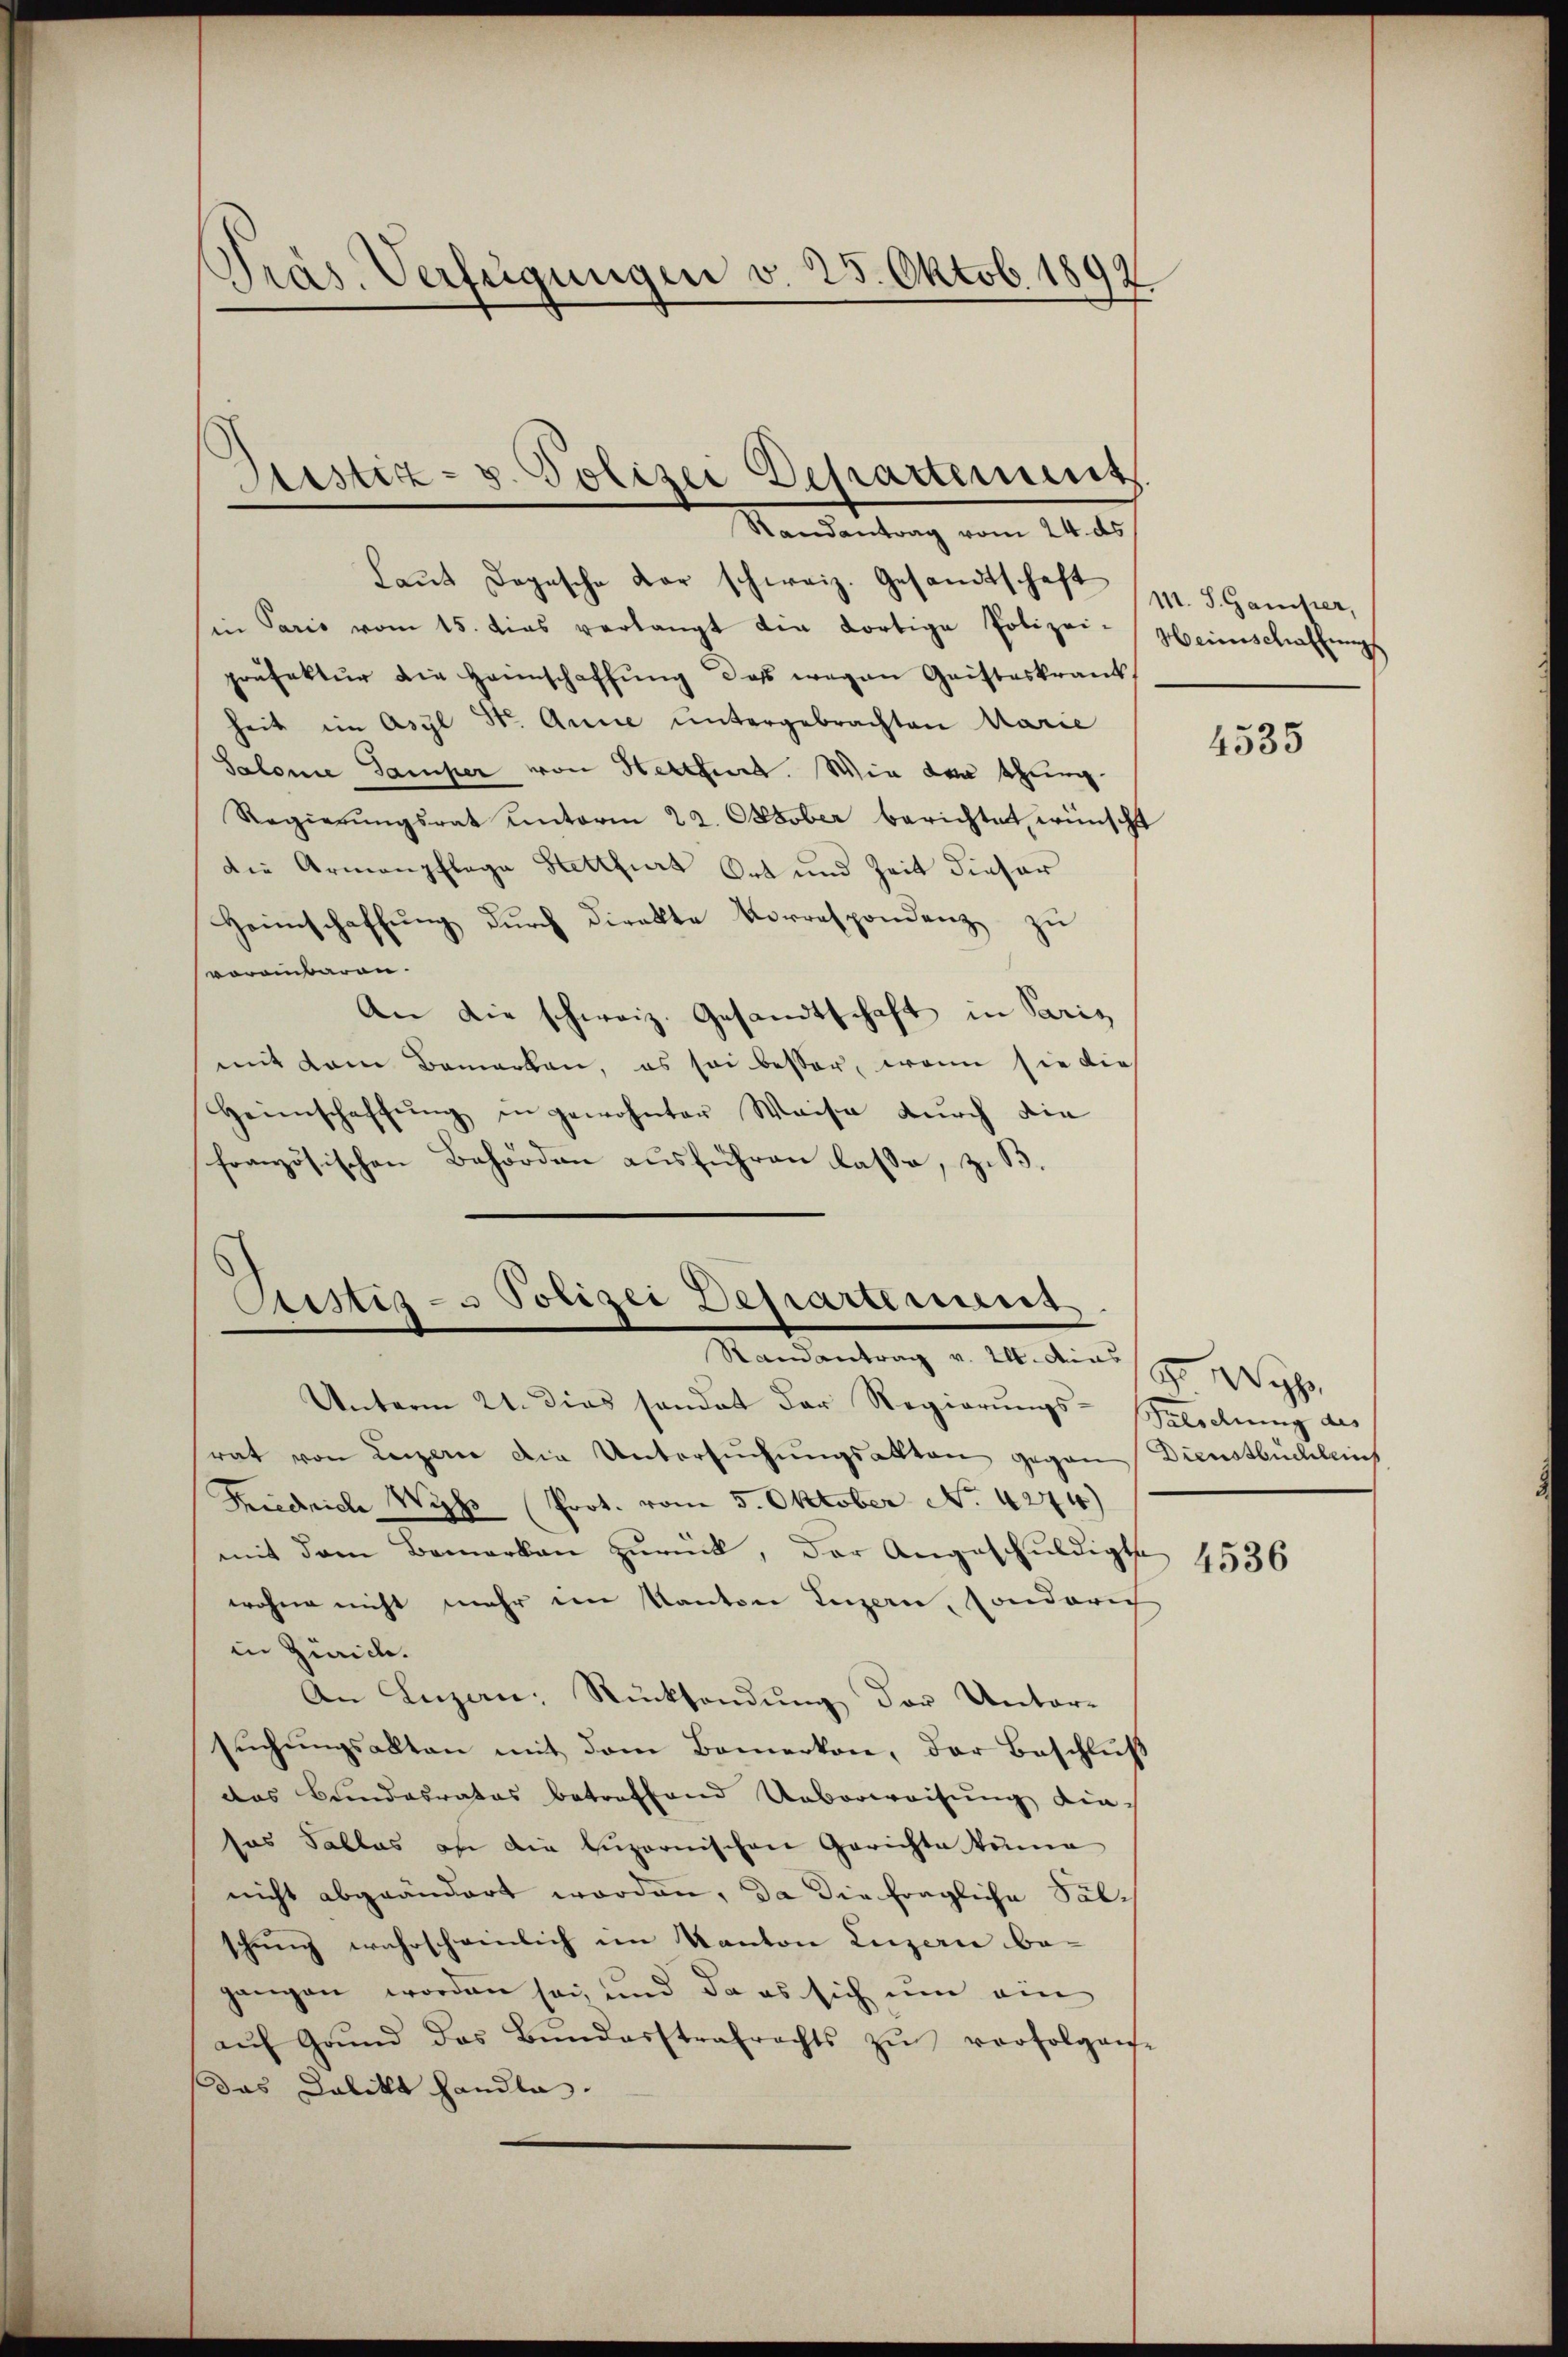
Präs. Verfügungen v. 25. Oktob. 1892.

Destiz- u. Polizei Departement
Randantrag vom 24. ds

Laŭt Dogesche der schweiz. Gesandtschaft (1. S. Gamper,
in Paris vom 15. dies verlangt die dortige Polizei-
präfektur die Heimschaffŭng das wegen Geisteskrank
heit im Asyl Str. Anne untergebrachten Marie
Salonie Samper von Hettler. Wie der scheinig
Regierŭngsrat unterm 22. Oktober berichtet wünscht
Die Armenpflege Hetthias Ort und Zeit dieser
Heimschaffŭng dŭrch direkte Vorrespondenz zŭ
voreinbaren.
An die schweiz. Gesandtschaft in Paris
mit dem Bemerken, es sei besser, wenn sie die
Heimschaffŭng in gewohnter Weise durch die
französischen Behörden ausführen lasse, z. B.

Custiz- u Polizei Departement
Macentrag d. M. eines pro 1890.

Weinschaffungs

Unterm 21. dies sondet der Regierungs-Gelierung des
srat von Luzerne die Untersuchungsakten gegen Dienstbüchleif
Friedrich Wyss Prot. vom 5. Oktober No. 4274)
mit dem Bemerken zurück, der Angeschuldigte
wohne nicht mehr im Kanton Luzern, sonderich
in Zürich.
An Luzern, Rücksendung der Unter-
sŭchŭngsalten mit dem Bemerkon, der Beschluß
das Bundesrates betreffend Ueberweisung die
sos Tables an die luzernischen Gerichte kume
nicht abgeändert worden, da die fragliche Sälschung wahrscheinlich im Kanton Luzern be-
gangen worden sei, und da es sich um ein
aŭf Grŭnd das Bundarstrafrechts zŭ verfolgen-
das Delikt handla

4535

4536